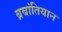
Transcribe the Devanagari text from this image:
ब्रबांतियान